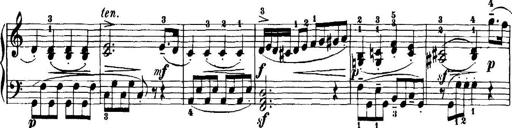
Title: 7 Sonatinas
Composer: Anton Diabelli